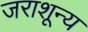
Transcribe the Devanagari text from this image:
जराशून्य